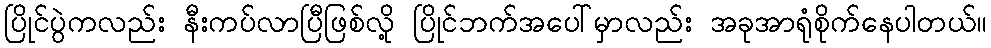
ပြိုင်ပွဲကလည်း နီးကပ်လာပြီဖြစ်လို့ ပြိုင်ဘက်အပေါ်မှာလည်း အခုအာရုံစိုက်နေပါတယ်။